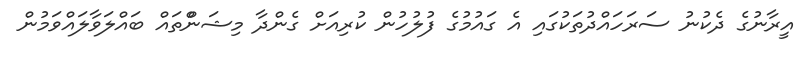
އީރާނުގެ ދެކުނު ސަރަހައްދުތަކުގައި އެ ގައުމުގެ ފުލުހުން ކުރިއަށް ގެންދާ މިޝަންްތައް ބައްލަވާލައްވަމުން